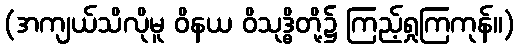
(အကျယ်သိလိုမူ ဝိနယ ဝိသုဒ္ဓိတို့၌ ကြည့်ရှုကြကုန်။)